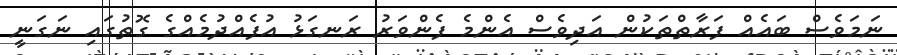
ނަމަވެސް ބައެއް ފަރާތްތަކުން އަދިވެސް އެންމެ ފެންވަރު ރަނގަޅު އުފެއްދުމެއްގެ ގޮތުގައި ނަގަނީ